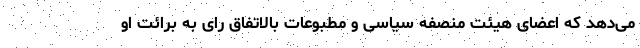
می‌دهد که اعضای هیئت منصفه سیاسی و مطبوعات بالاتفاق رای به برائت او